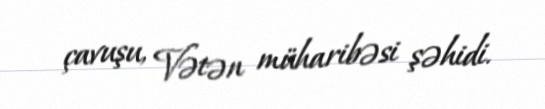
çavuşu, Vətən müharibəsi şəhidi.